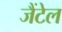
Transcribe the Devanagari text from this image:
जैंटेल